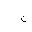
Letter: _gim